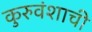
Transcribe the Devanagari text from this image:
कुरुवंशाची